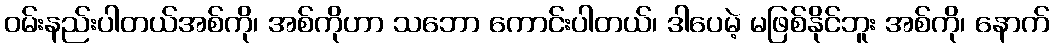
ဝမ်းနည်းပါတယ်အစ်ကို၊ အစ်ကိုဟာ သဘော ကောင်းပါတယ်၊ ဒါပေမဲ့ မဖြစ်နိုင်ဘူး အစ်ကို၊ နောက်